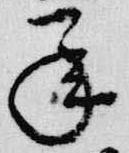
承